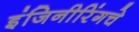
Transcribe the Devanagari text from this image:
इंजिनीरिंगचे